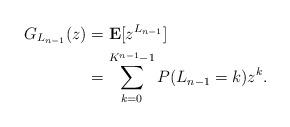
LaTeX: \begin{align*}G_{L_{n-1}}(z) &= \mathbf{E}[z^{L_{n-1}}] \\&= \sum_{k=0}^{K^{n-1}-1}P(L_{n-1}=k)z^k. \end{align*}